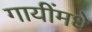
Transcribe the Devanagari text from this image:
गायींमधे